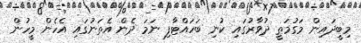
މިބީދައިން މަގުމަތީ ދުވާރުގައި ކުނި ބަހައްޓާފި ނަމަ ދެން އެތަނުގައި އެހެން މީހުން